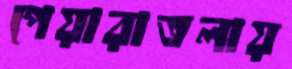
পেয়ারাতলায়